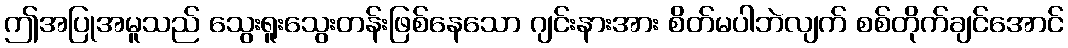
ဤအပြုအမူသည် သွေးရူးသွေးတန်းဖြစ်နေသော ဂျင်းနားအား စိတ်မပါဘဲလျက် စစ်တိုက်ချင်အောင်